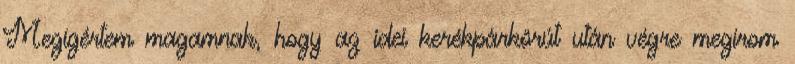
Megígértem magamnak, hogy az idei kerékpárkörút után végre megírom